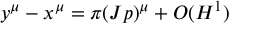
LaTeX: y ^ { \mu } - x ^ { \mu } = \pi ( J p ) ^ { \mu } + { \cal O } ( H ^ { 1 } )